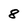
Character: 8